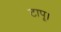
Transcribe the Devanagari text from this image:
टापू।